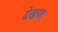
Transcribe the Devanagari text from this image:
देखण